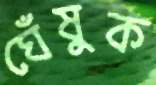
ঘেঁষুক